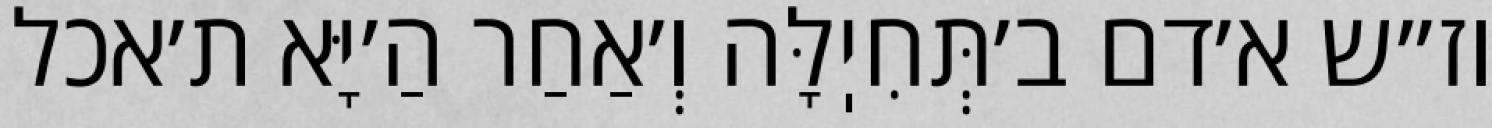
וז״ש א׳דם ב׳תְּחִיֽלָּה וְ׳אַחַר הַ׳יָּא ת׳אכל